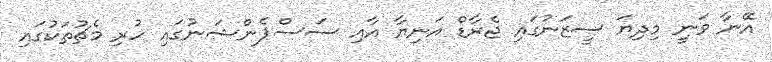
އޭނާ ވަނީ މިދިޔަ ސީޒަނުގައި ޖެރާޑް އަނިޔާ އާއި ސަސްޕެންޝަނުގައި ހުރި މެޗުތަކުގައި